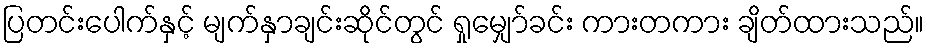
ပြတင်းပေါက်နှင့် မျက်နှာချင်းဆိုင်တွင် ရှုမျှော်ခင်း ကားတကား ချိတ်ထားသည်။